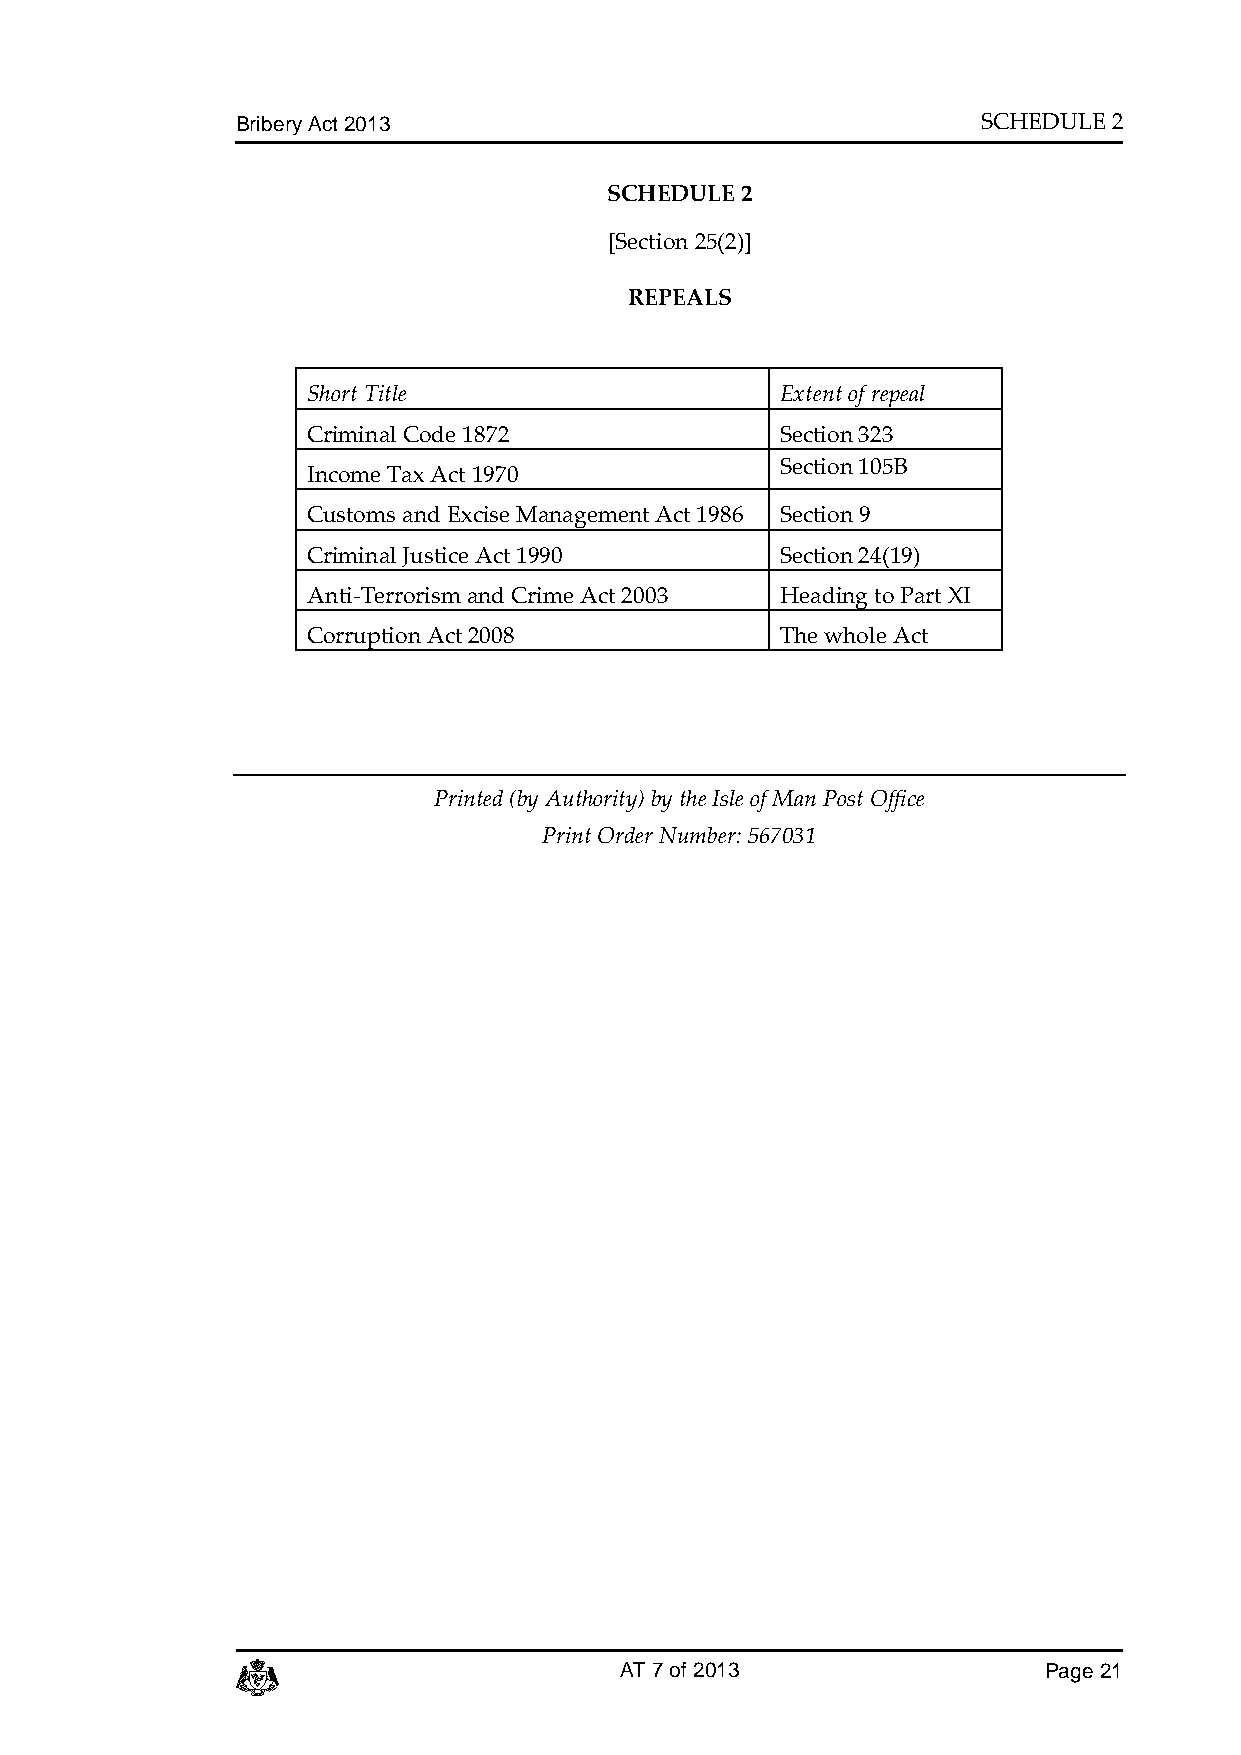
Bribery Act 2013                                 SCHEDULE 2
 SCHEDULE 2
 [Section 25(2)]
 REPEALS
 Short Title                     Extent of repeal
 Criminal Code 1872              Section 323
 Section 105B
 Income Tax Act 1970
 Customs and Excise Management Act 1986 Section 9
 Criminal Justice Act 1990       Section 24(19)
 Anti-Terrorism and Crime Act 2003 Heading to Part XI
 Corruption Act 2008             The whole Act
 Printed (by Authority) by the Isle of Man Post Office
 Print Order Number: 567031
 c                        AT 7 of 2013                Page 21